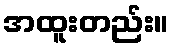
အထူးတည်း။